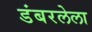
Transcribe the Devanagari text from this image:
डंबरलेला